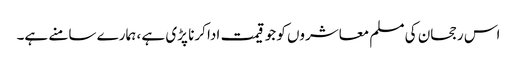
اس رجحان کی مسلم معاشروں کو جو قیمت ادا کرنا پڑی ہے ، ہمارے سامنے ہے۔